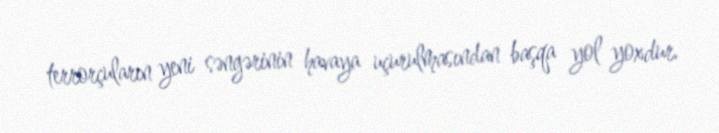
terrorçuların yeni səngərinin havaya uçurulmasından başqa yol yoxdur.